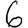
Digit: 6